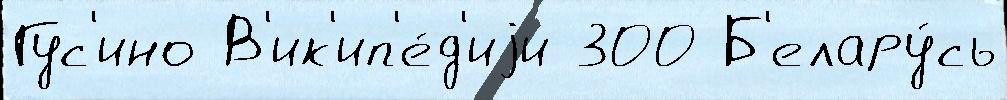
Гус'ино В'ик'ип'е́д'иjи 300 Б'елару́сь